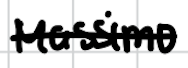
Text: Massimo
Cross-out: single-line
Writing tool: digital_black